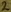
Text: 2